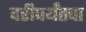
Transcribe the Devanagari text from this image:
दरीपर्यंतचा